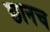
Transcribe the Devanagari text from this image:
छानच